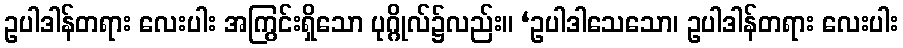
ဥပါဒါန်တရား လေးပါး အကြွင်းရှိသော ပုဂ္ဂိုလ်၌လည်း။ ‘ဥပါဒါသေသော၊ ဥပါဒါန်တရား လေးပါး